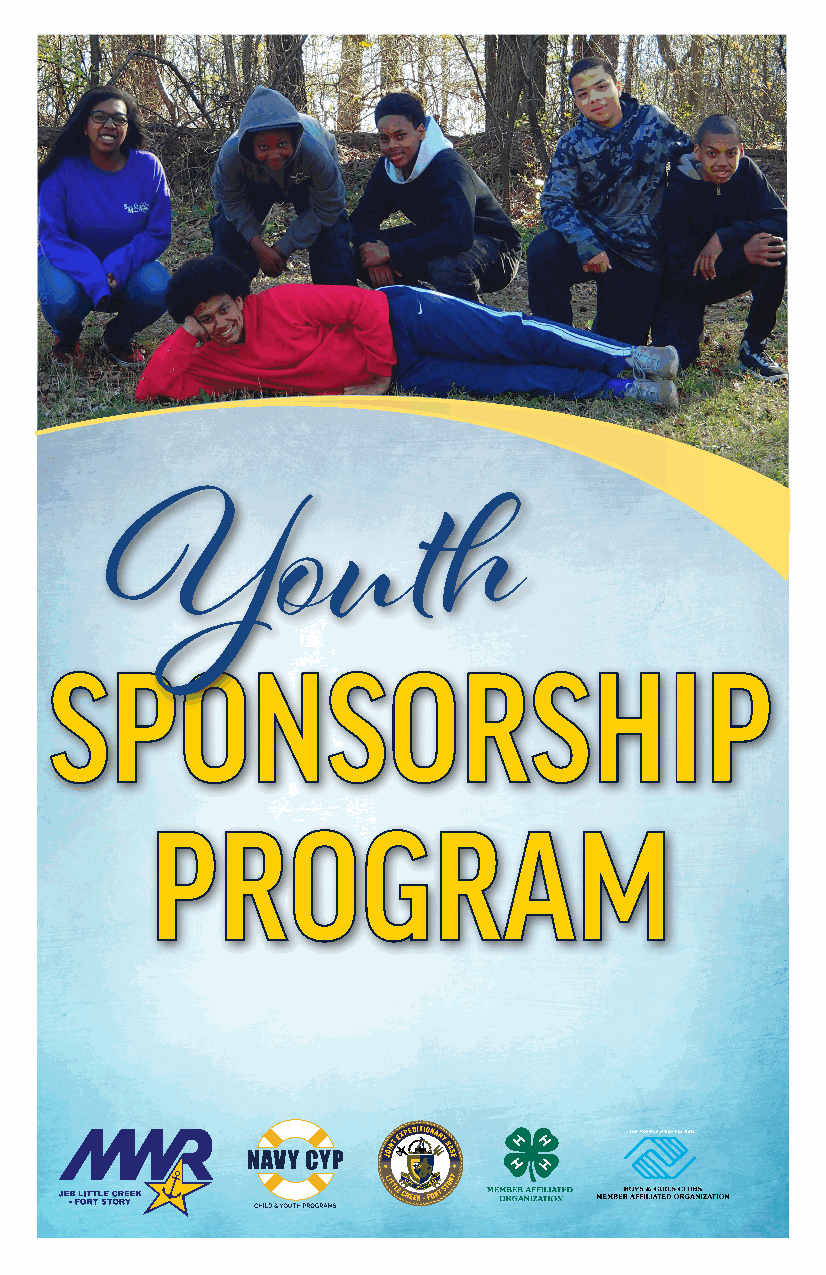
JEB LITTLE CREEK-FORT  STORY
 CHILD & YOUTH PROGRAMS
 Yo             u    th
 SPONSORSHIP
 PROGRAM